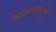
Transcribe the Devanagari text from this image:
करूणापूर्ण